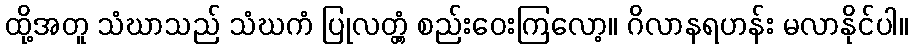
ထို့အတူ သံဃာသည် သံဃကံ ပြုလတ္တံ့ စည်းဝေးကြလော့။ ဂိလာနရဟန်း မလာနိုင်ပါ။